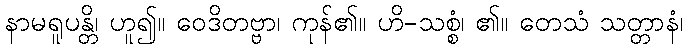
နာမရူပန္တိ၊ ဟူ၍။ ဝေဒိတဗ္ဗာ၊ ကုန်၏။ ဟိ-သစ္စံ၊ ၏။ တေသံ သတ္တာနံ၊